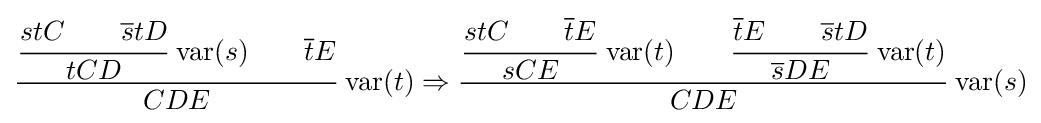
{\cfrac {{\cfrac {stC\qquad {\overline {s}}tD}{tCD}}\,\operatorname {var} (s)\qquad {\overline {t}}E}{CDE}}\,\operatorname {var} (t)\Rightarrow {\cfrac {{\cfrac {stC\qquad {\overline {t}}E}{sCE}}\,\operatorname {var} (t)\qquad {\cfrac {{\overline {t}}E\qquad {\overline {s}}tD}{{\overline {s}}DE}}\,\operatorname {var} (t)}{CDE}}\,\operatorname {var} (s)